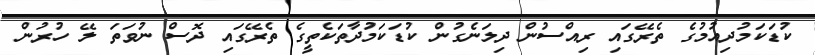
ކުޑަކަމުދިއުމުގެ ތެރޭގައި ރިއްސުން ދިލަނެގުން ކުޑަކަމުދާތަކެތީގެ ތެރޭގައި ދޮސް ނުވަތަ ލޭ ހުރުން